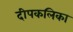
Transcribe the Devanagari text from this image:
दीपकलिका